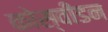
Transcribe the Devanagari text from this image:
कोस्वीडन